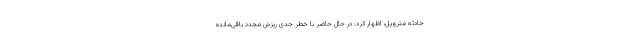
حادثه متروپل، اظهار کرد: در حال حاضر با خطر جدی ریزش مجدد باقی‌مانده